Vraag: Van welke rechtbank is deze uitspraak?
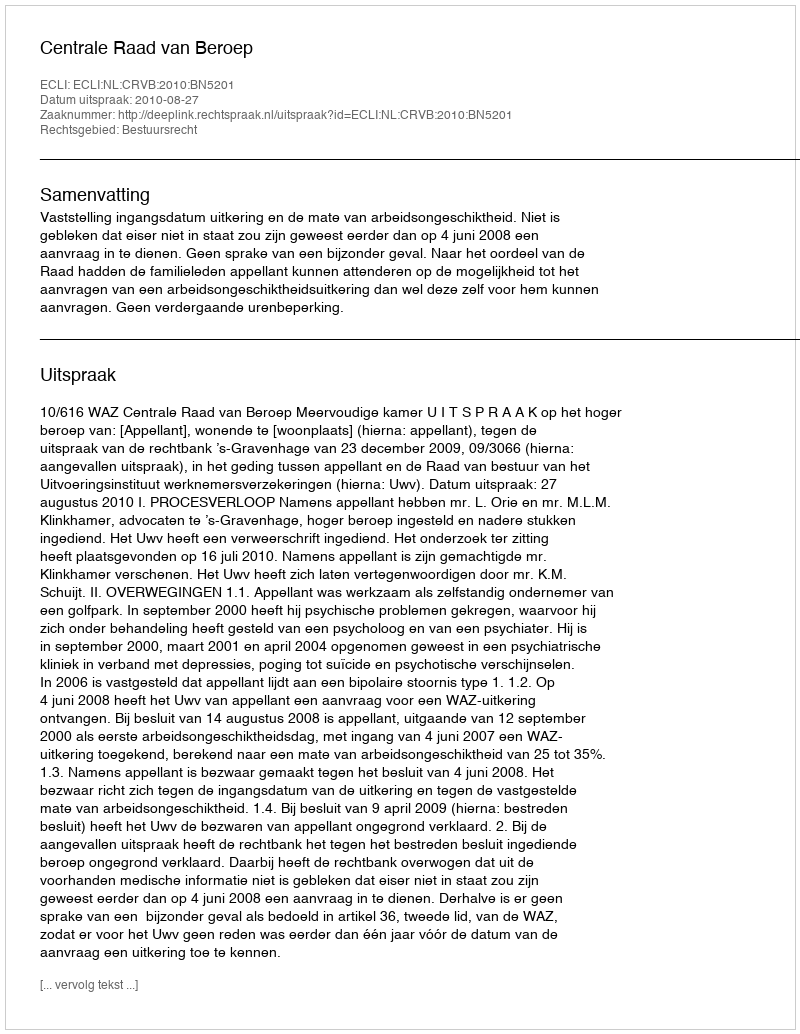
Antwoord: Centrale Raad van Beroep